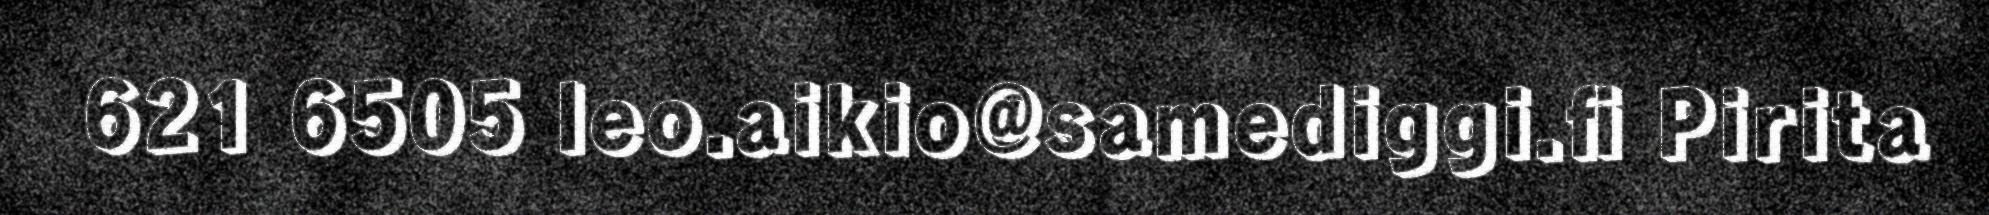
621 6505 leo.aikio@samediggi.fi Pirita